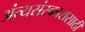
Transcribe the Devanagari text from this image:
अंत्यसंस्कारासाठी